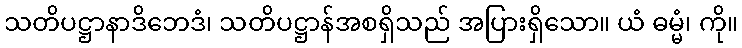
သတိပဋ္ဌာနာဒိဘေဒံ၊ သတိပဋ္ဌာန်အစရှိသည် အပြားရှိသော။ ယံ ဓမ္မံ၊ ကို။